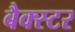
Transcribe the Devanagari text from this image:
बैक्स्टर